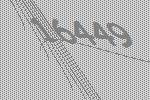
16449